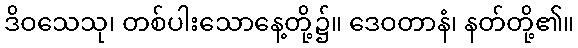
ဒိဝသေသု၊ တစ်ပါးသောနေ့တို့၌။ ဒေဝတာနံ၊ နတ်တို့၏။